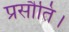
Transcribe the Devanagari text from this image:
प्रसौति।